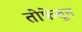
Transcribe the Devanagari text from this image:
तोफेतून